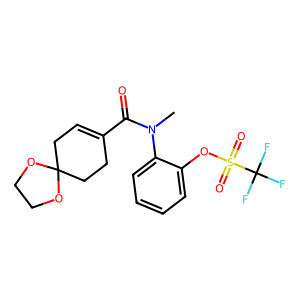
SMILES: CN(C(=O)C1=CCC2(CC1)OCCO2)c1ccccc1OS(=O)(=O)C(F)(F)F
Inhibits HIV replication: No